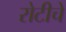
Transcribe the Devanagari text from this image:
रोटीचे